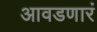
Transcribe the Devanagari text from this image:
आवडणारं